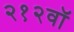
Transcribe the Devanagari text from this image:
२१२वॉ